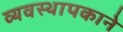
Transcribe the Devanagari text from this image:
व्यवस्थापकाने